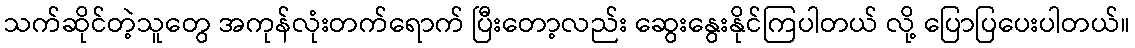
သက်ဆိုင်တဲ့သူတွေ အကုန်လုံးတက်ရောက် ပြီးတော့လည်း ဆွေးနွေးနိုင်ကြပါတယ် လို့ ပြောပြပေးပါတယ်။